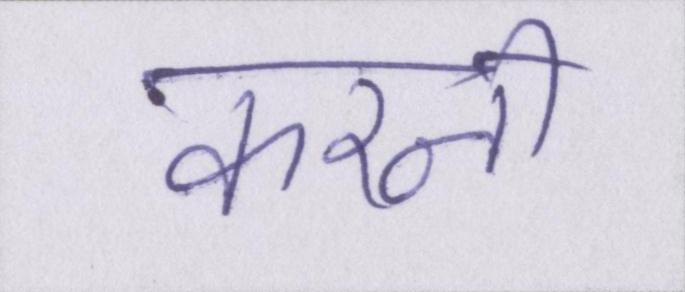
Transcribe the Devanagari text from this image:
करनी